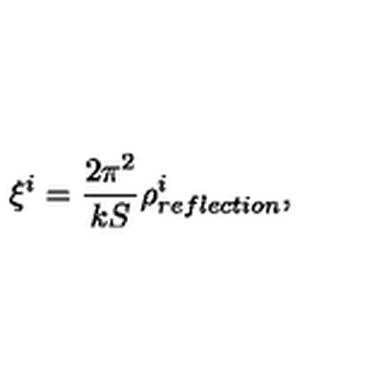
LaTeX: \xi ^ { i } = { \frac { 2 \pi ^ { 2 } } { k S } } \rho _ { r e f l e c t i o n } ^ { i } ,